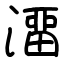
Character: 澑